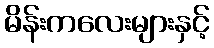
မိန်းကလေးများနှင့်